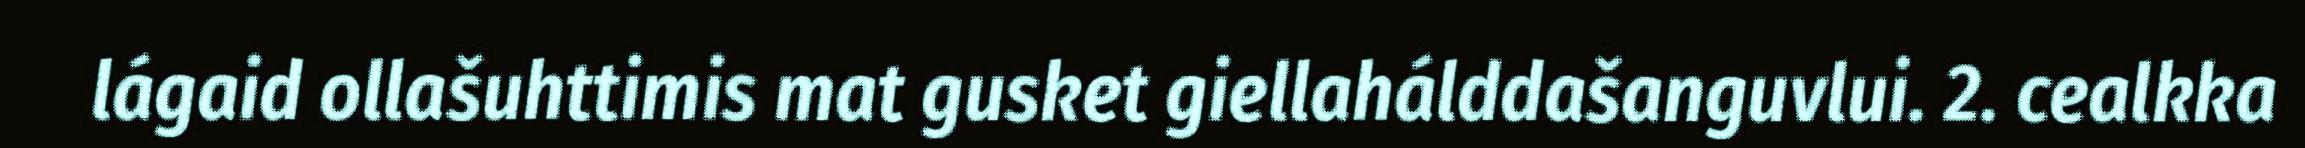
lágaid ollašuhttimis mat gusket giellahálddašanguvlui. 2. cealkka